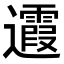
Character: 𨙉